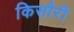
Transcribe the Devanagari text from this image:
किसौरी